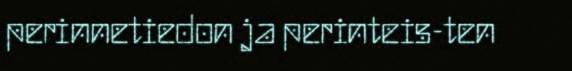
perinnetiedon ja perinteis-ten